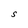
Character: S